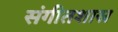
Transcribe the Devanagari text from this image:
संगीतशास्र